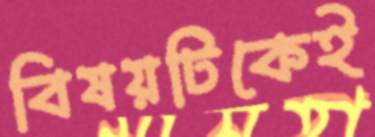
বিষয়টিকেই